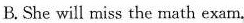
B. She will miss the math exam.